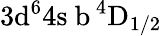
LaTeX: \mathrm{3d^{6}4s\ b\, ^{4}D_{1/2}}